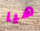
هيا